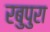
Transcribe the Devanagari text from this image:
रबुपुरा